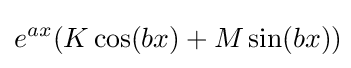
e^{ax}(K\cos(bx)+M\sin(bx))\!